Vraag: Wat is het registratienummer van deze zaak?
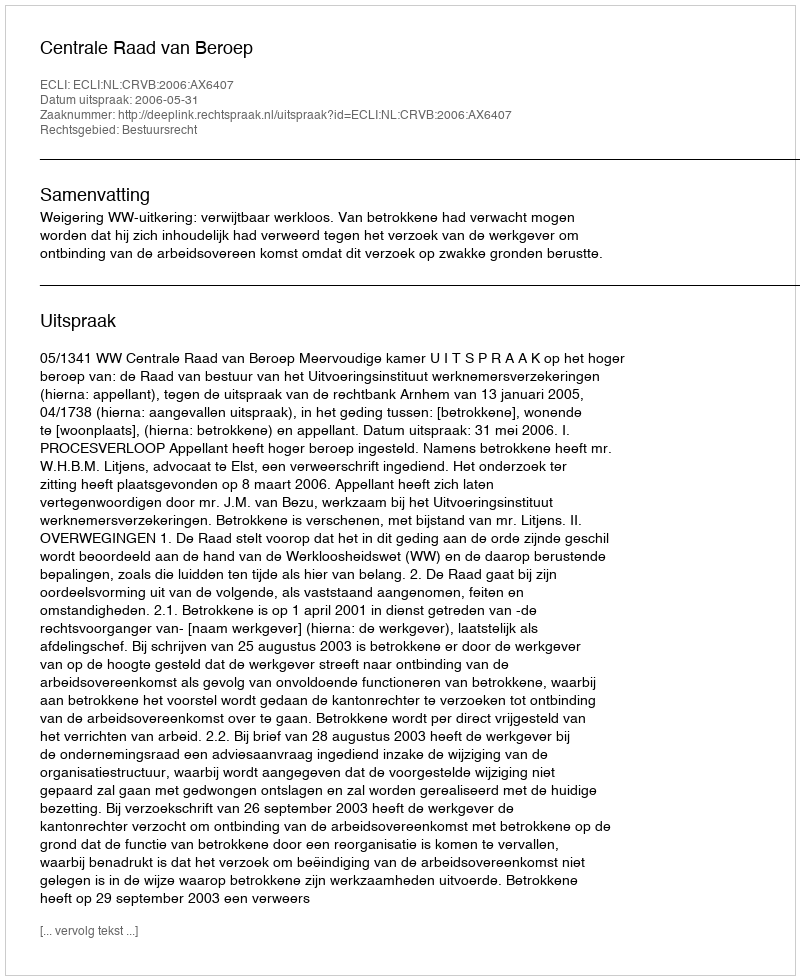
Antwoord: http://deeplink.rechtspraak.nl/uitspraak?id=ECLI:NL:CRVB:2006:AX6407